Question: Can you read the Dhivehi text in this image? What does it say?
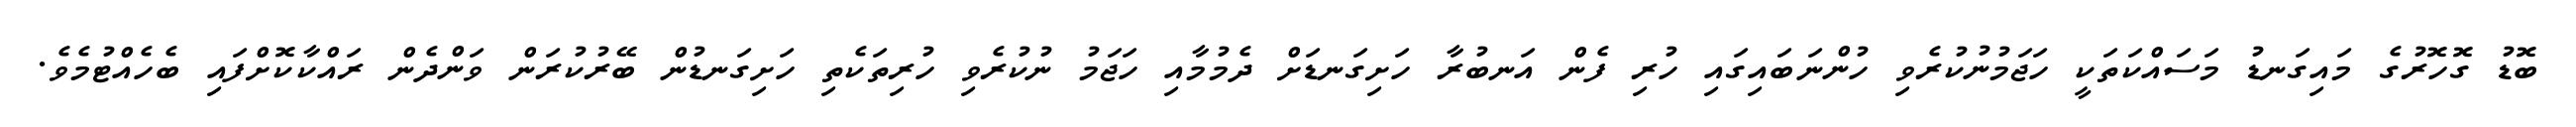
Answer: ބޮޑު ގޮހޮރުގެ މައިގަނޑު މަސައްކަތަކީ ހަޖަމުނުކުރެވި ހުންނަބައިގައި ހުރި ފެން އަނބުރާ ހަށިގަނޑަށް ދެމުމާއި ހަޖަމު ނުކުރެވި ހުރިތަކެތި ހަށިގަނޑުން ބޭރުކުރަން ވަންދެން ރައްކާކޮށްފައި ބެހެއްޓުމެވެ.